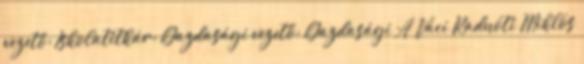
vezető: Iskolatitkár: Gazdasági vezető: Gazdasági A Váci Radnóti Miklós